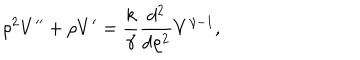
\rho ^ { 2 } V ^ { \prime \prime } + \rho V ^ { \prime } = { \frac { k } { \gamma } } { \frac { d ^ { 2 } } { d \rho ^ { 2 } } } V ^ { \gamma - 1 } ,